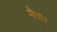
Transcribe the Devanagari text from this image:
मेधार